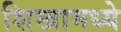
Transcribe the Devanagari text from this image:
शिखामध्ये